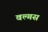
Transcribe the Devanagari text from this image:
वल्गस